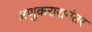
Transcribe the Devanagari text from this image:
अणुकरारानंतर